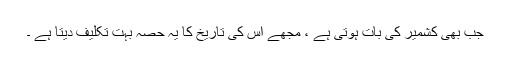
جب بھی کشمیر کی بات ہوتی ہے ، مجھے اس کی تاریخ کا یہ حصہ بہت تکلیف دیتا ہے ۔